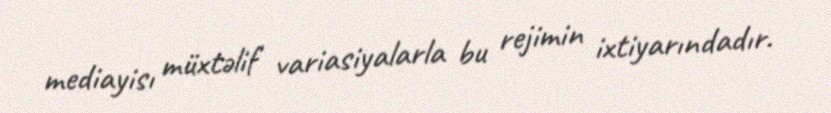
mediayisı müxtəlif variasiyalarla bu rejimin ixtiyarındadır.